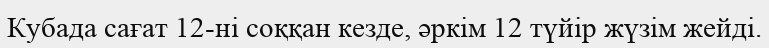
Кубада сағат 12-ні соққан кезде, әркім 12 түйір жүзім жейді.